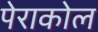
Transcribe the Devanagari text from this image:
पेराकोल